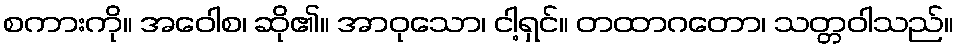
စကားကို။ အဝေါစ၊ ဆို၏။ အာဝုသော၊ ငါ့ရှင်။ တထာဂတော၊ သတ္တဝါသည်။